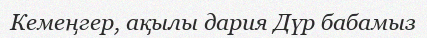
Кемеңгер, ақылы дария Дүр бабамыз